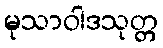
မုသာဝါဒသုတ္တ